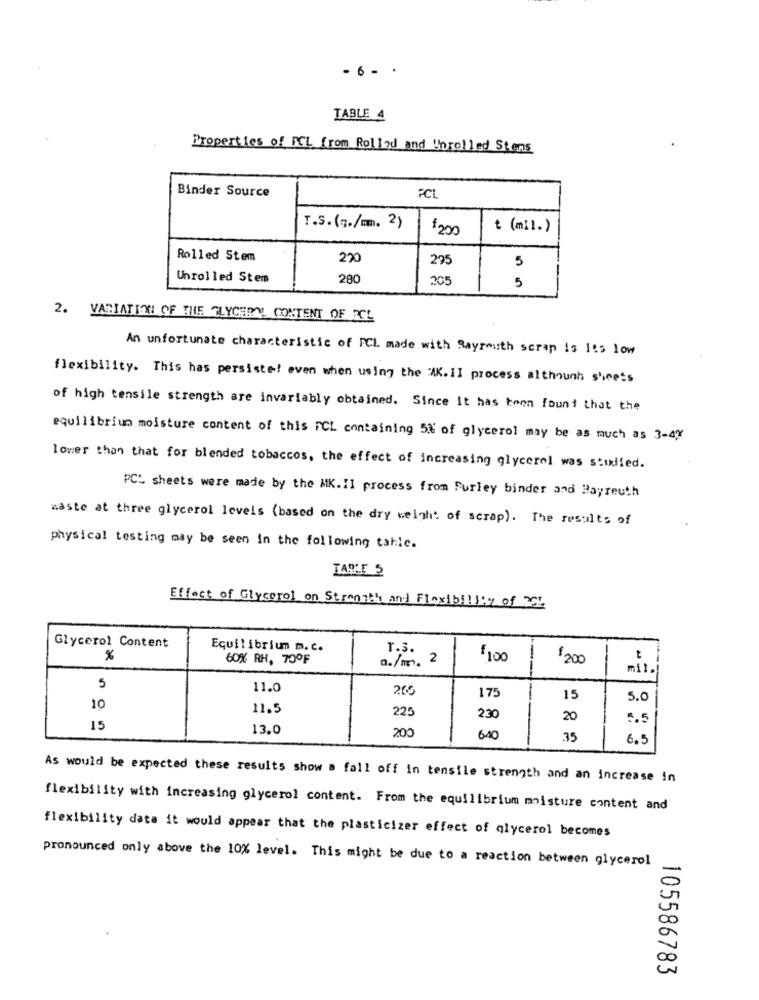
- 6 - .
TABLE 4
Properties of FCL from Rollad and Unrolled Stens
Binder Source
FCI
T.S.(z./mm. 2)
$200
t (mil.)
Rolled Stem
220
225
5
Unrolled Stem
280
205
5
2. VARIATION OF THE GLYCERYL CONTENT OF ECL
An unfortunate characteristic of PCL made with Bayreuth scrap is Its 1ow
flexibility. This has persiste! even when using the "AK. II process although sheets
of high tensile strength are invariably obtained. Since It has been found that the
equilibrium moisture content of this FCL containing 5% of glycerol may be as much as 3-4%
lower than that for blended tobaccos, the effect of increasing glycerol was studied.
PCt sheets were made by the MK.Il process from Furley binder and Bayreuth
waste at three glycerol levels (based on the dry weigh: of scrap). The results of
physical testing may be seen In the following tahle.
TARLE S
Effect of Glycerol on Strength and Flexib !!!! y of 3CL
Glycerol Content
Equilibrium m. c.
T.3.
%
60% RH, 70OF
a./m. 2
f100
1200
t
---
mi1.
5
11.0
26
175
15
5.0
10
11.5
225
230
20
5.5
15
13.0
200
640
.35
6.5
As would be expected these results show a fall off in tensile strength and an increase in
flexibility with increasing glycerol content. From the equilibrium moisture content and
flexibility data it would appear that the plasticizer effect of glycerol becomes
pronounced only above the 10% level. This might be due to a reaction between glycerol
00
w
105586783